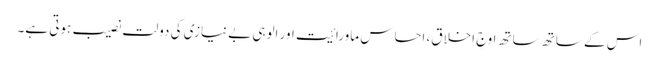
اس کے ساتھ ساتھ اوجِ اخلاق، احساسِ ماورائیت اور الوہی بے نیازی کی دولت نصیب ہوتی ہے۔